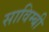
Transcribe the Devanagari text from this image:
साविम्बी